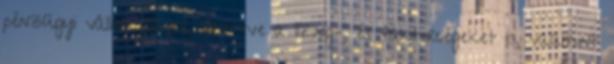
pénzügyi vállalkozásra, ideértve a lízing-, és faktorcégeket is, valamint